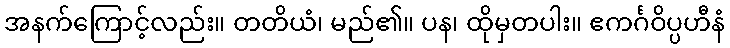
အနက်ကြောင့်လည်း။ တတိယံ၊ မည်၏။ ပန၊ ထိုမှတပါး။ ဧကင်္ဂဝိပ္ပဟီနံ